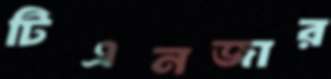
টিএনজার